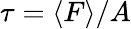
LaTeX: {\tau}={\langle}F{\rangle}/A